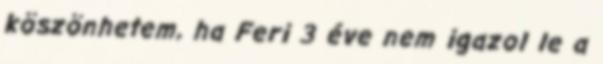
köszönhetem, ha Feri 3 éve nem igazol le a